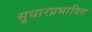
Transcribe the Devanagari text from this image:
सुधारप्रभावित